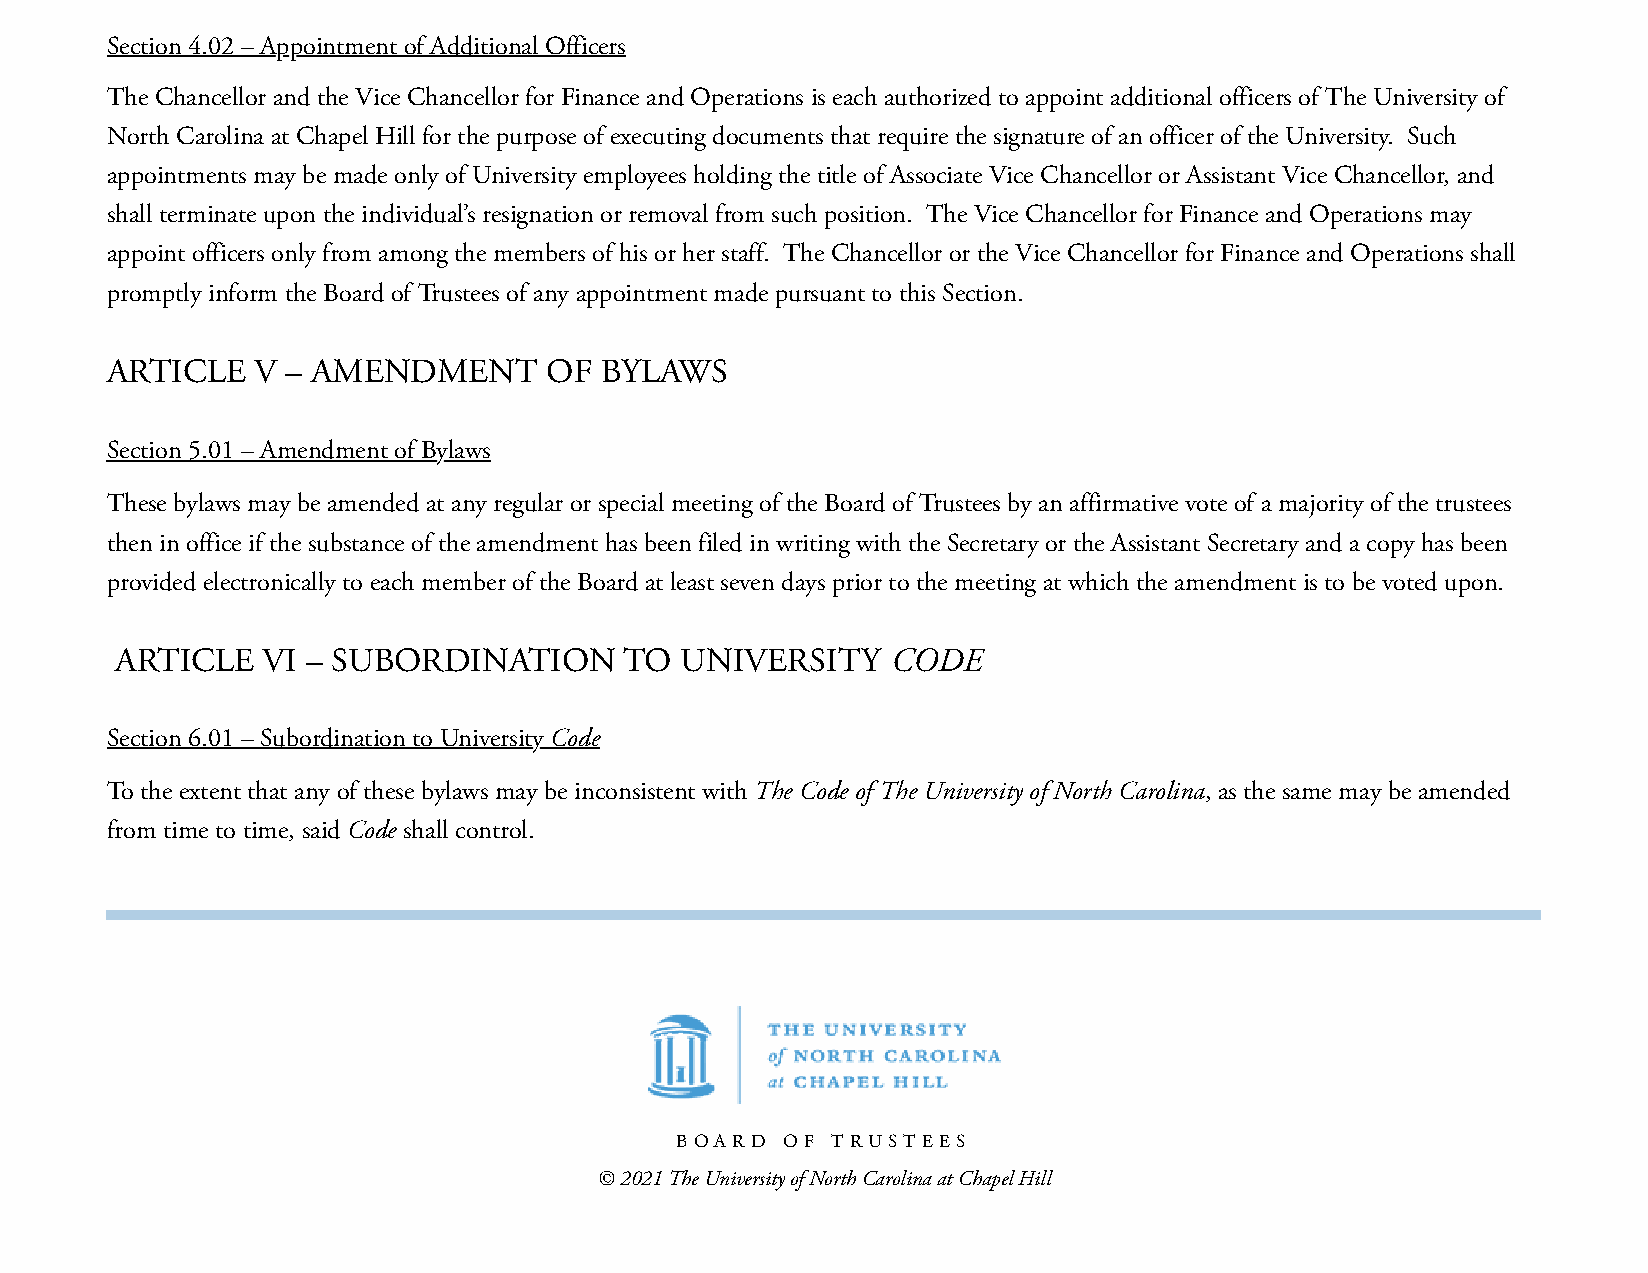
Section 4.02 – Appointment of Additional Officers
 The Chancellor and the Vice Chancellor for Finance and Operations is each authorized to appoint additional officers of The University of
 North Carolina at Chapel Hill for the purpose of executing documents that require the signature of an officer of the University. Such
 appointments may be made only of University employees holding the title of Associate Vice Chancellor or Assistant Vice Chancellor, and
 shall terminate upon the individual’s resignation or removal from such position. The Vice Chancellor for Finance and Operations may
 appoint officers only from among the members of his or her staff. The Chancellor or the Vice Chancellor for Finance and Operations shall
 promptly inform the Board of Trustees of any appointment made pursuant to this Section.
 ARTICLE   V – AMENDMENT      OF  BYLAWS
 Section 5.01 – Amendment of Bylaws
 These bylaws may be amended at any regular or special meeting of the Board of Trustees by an affirmative vote of a majority of the trustees
 then in office if the substance of the amendment has been filed in writing with the Secretary or the Assistant Secretary and a copy has been
 provided electronically to each member of the Board at least seven days prior to the meeting at which the amendment is to be voted upon.
 ARTICLE  VI – SUBORDINATION      TO  UNIVERSITY    CODE
 Section 6.01 – Subordination to University Code
 To the extent that any of these bylaws may be inconsistent with The Code of The University of North Carolina, as the same may be amended
 from time to time, said Code shall control.
 BOARD  OF TRUS TE E S
 © 2021 The University of North Carolina at Chapel Hill